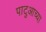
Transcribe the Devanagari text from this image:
पाटुआच्या